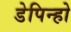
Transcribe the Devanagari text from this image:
डेपिन्हो